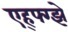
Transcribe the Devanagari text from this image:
एह्फ्ग्झे